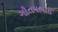
ગૌતમભાઈ